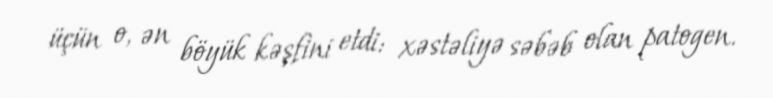
üçün o, ən böyük kəşfini etdi: xəstəliyə səbəb olan patogen.